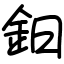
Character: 鈤